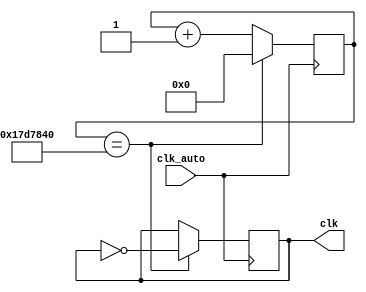
module Temporizador(clk_auto, clk);
	input clk_auto;
	output reg clk;
	reg[24:0] cont;
	
	always@(posedge clk_auto)
		begin
			if(cont==25_000_000) //25'b1011111010111100001000000//1s
				begin
					cont <= 0; //registrador usa nao bloqueante (<=)
					clk = ~clk;
				end
			else
				cont <= cont + 1; //1'b1
		end

endmodule